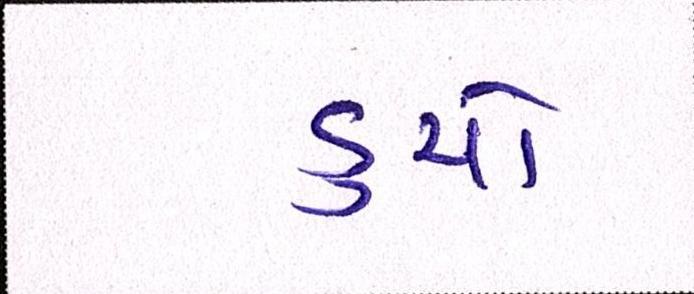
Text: ડુચો